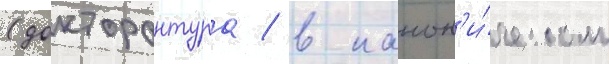
(докторантура / в канон'и́ческом